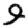
Digit: 9